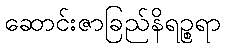
ဆောင်းဇာခြည်နိရဉ္စရာ